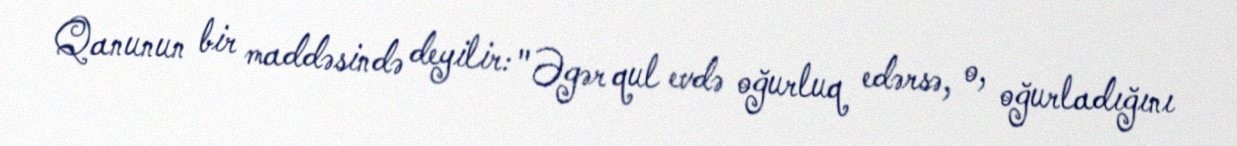
Qanunun bir maddəsində deyilir: "Əgər qul evdə oğurluq edərsə, o, oğurladığını